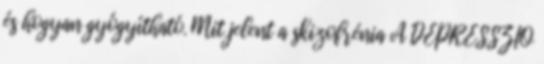
és hogyan gyógyítható. Mit jelent a skizofrénia A DEPRESSZIÓ